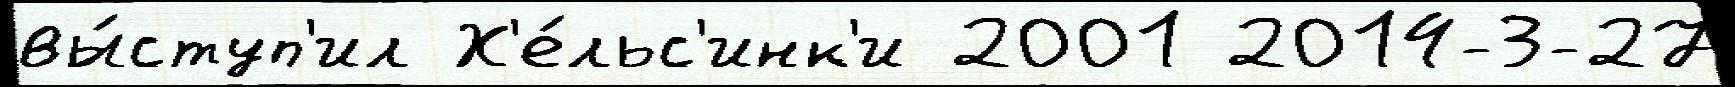
вы́ступ'ил Х'е́льс'инк'и 2001 2014-3-27